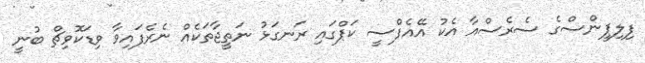
ފިލިޕީންސްގެ ސެރެސްއާ އެކު އޭއެފްސީ ކަޕްގައި ރަނގަޅު ނަތީޖާތަކެއް ނެރެފައިވާ ވިޑަކޮވިޗް ބުނީ